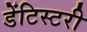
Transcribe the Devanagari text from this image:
डेंटिस्टरी